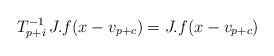
LaTeX: \begin{align*}T_{p+i}^{-1}\,J.f(x-v_{p+c})=J.f(x-v_{p+c})\end{align*}